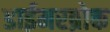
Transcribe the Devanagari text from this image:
डाईमरब्रोक